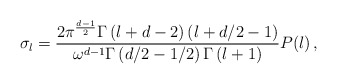
\begin{align*}\sigma_l = \frac{2\pi^{\frac{d-1}{2}}\Gamma \left( l+d-2 \right) \left( l+d/2 - 1\right)}{\omega^{d-1}\Gamma \left( d/2 -1/2\right) \Gamma \left( l+1 \right)} P(l)\,,\end{align*}